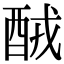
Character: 𨠤